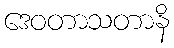
ဒေဝတာသတာနိ